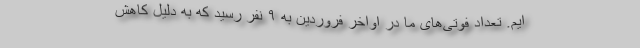
ایم. تعداد فوتی‌های ما در اواخر فروردین به ۹ نفر رسید که به دلیل کاهش